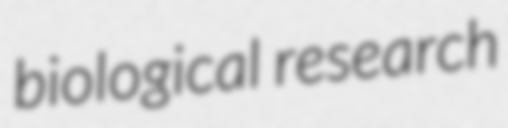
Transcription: biological research